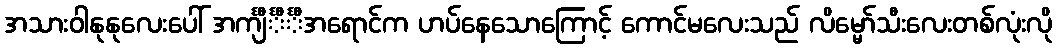
အသားဝါနုနုလေးပေါ် အင်္ကျီင်္ီင်္ီအရောင်က ဟပ်နေသောကြောင့် ကောင်မလေးသည် လိမ္မော်သီးလေးတစ်လုံးလို